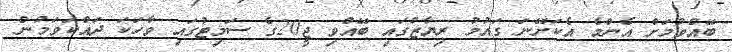
ބޭއްވުމަށް އެންމެ އެކަށޭނަ ގައުމު ރިޔާޒުގައި ބޭއްވި ޖީ20ގެ ސަމިޓުގައި ވާހަކަ ދައްކަވަމުން